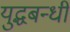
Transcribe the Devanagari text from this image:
युद्धबन्धी